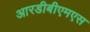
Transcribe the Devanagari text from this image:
आरडीबीएमएस